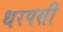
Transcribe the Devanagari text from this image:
धरपसी